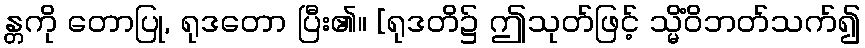
န္တကို တောပြု, ရုဒတော ပြီး၏။ [ရုဒတိ၌ ဤသုတ်ဖြင့် သ္မိံဝိဘတ်သက်၍